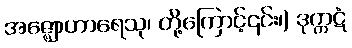
အဇ္ဈောဟာရေသု၊ တို့ကြောင့်၎င်း၊) ဒုက္ကဋံ